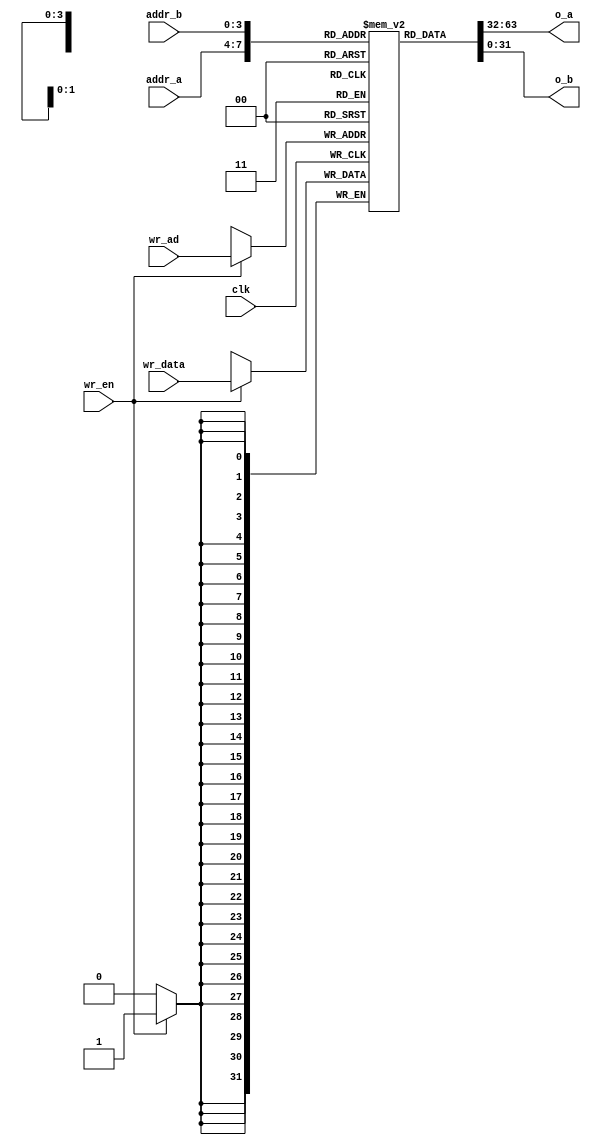
/* 
 * REGISTER FILE
 * taken and adapted from: Gray, Jan. (2002). Designing a Simple FPGA-Optimized RISC CPU and System-on-a-Chip. 
*/

`timescale 10ns / 1ns

module reg_file( 
        //in
        clk, wr_en, wr_ad, addr_a, addr_b, wr_data,
        //out
        o_a, o_b
    );

    input         clk;
    input         wr_en;   // wr_en=1 => write operation
    input   [3:0] wr_ad;   // write address
    input   [3:0] addr_a;
    input   [3:0] addr_b;
    input  [31:0] wr_data; // data to be written

    output [31:0] o_a;     // a and b will be input for read stage
    output [31:0] o_b;

    reg [31:0] mem[15:0];  // declaration of the memory space, 15 locations of 32 bits

    /* Set register file at unknown value */
    integer i;
    initial begin
        for(i=0; i<16; i = i+1)
            mem[i] = 32'bx;
    end

    // WRITE OPERATION -> LW instruction, destination of arithm|logical
    always @(posedge clk) begin
        if(wr_en == 1)
            mem[wr_ad] <= wr_data;
    end

    // READ OPERATION
    // Continuous assignments
    assign o_a = mem[addr_a];
    assign o_b = mem[addr_b];

endmodule